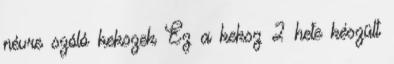
névre szóló kekszek Ez a keksz 2 hete készült